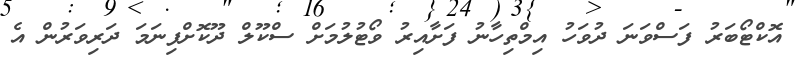
އޮކްޓޯބަރު ފަސްވަނަ ދުވަހު އިމްތިހާނު ފަށާއިރު ވޯޓުލުމަށް ސްކޫލް ދޫކޮށްފިނަމަ ދަރިވަރުން އެ